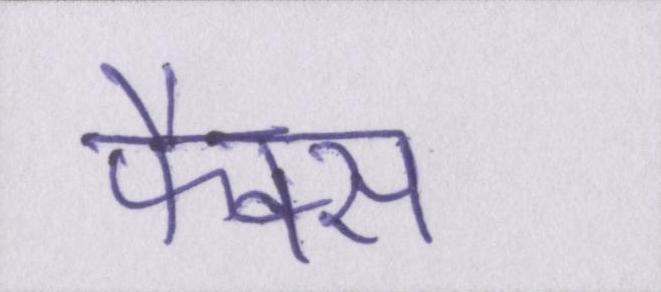
फैक्स